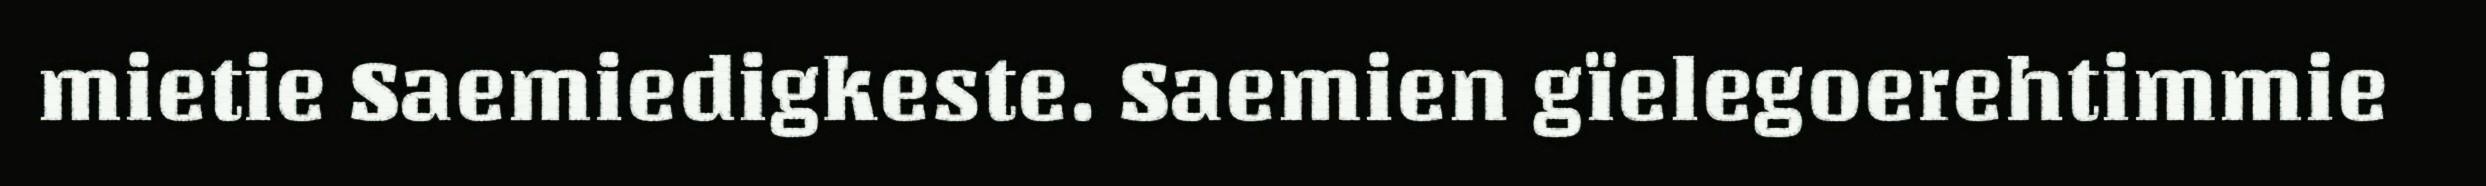
mietie Saemiedigkeste. Saemien gïelegoerehtimmie